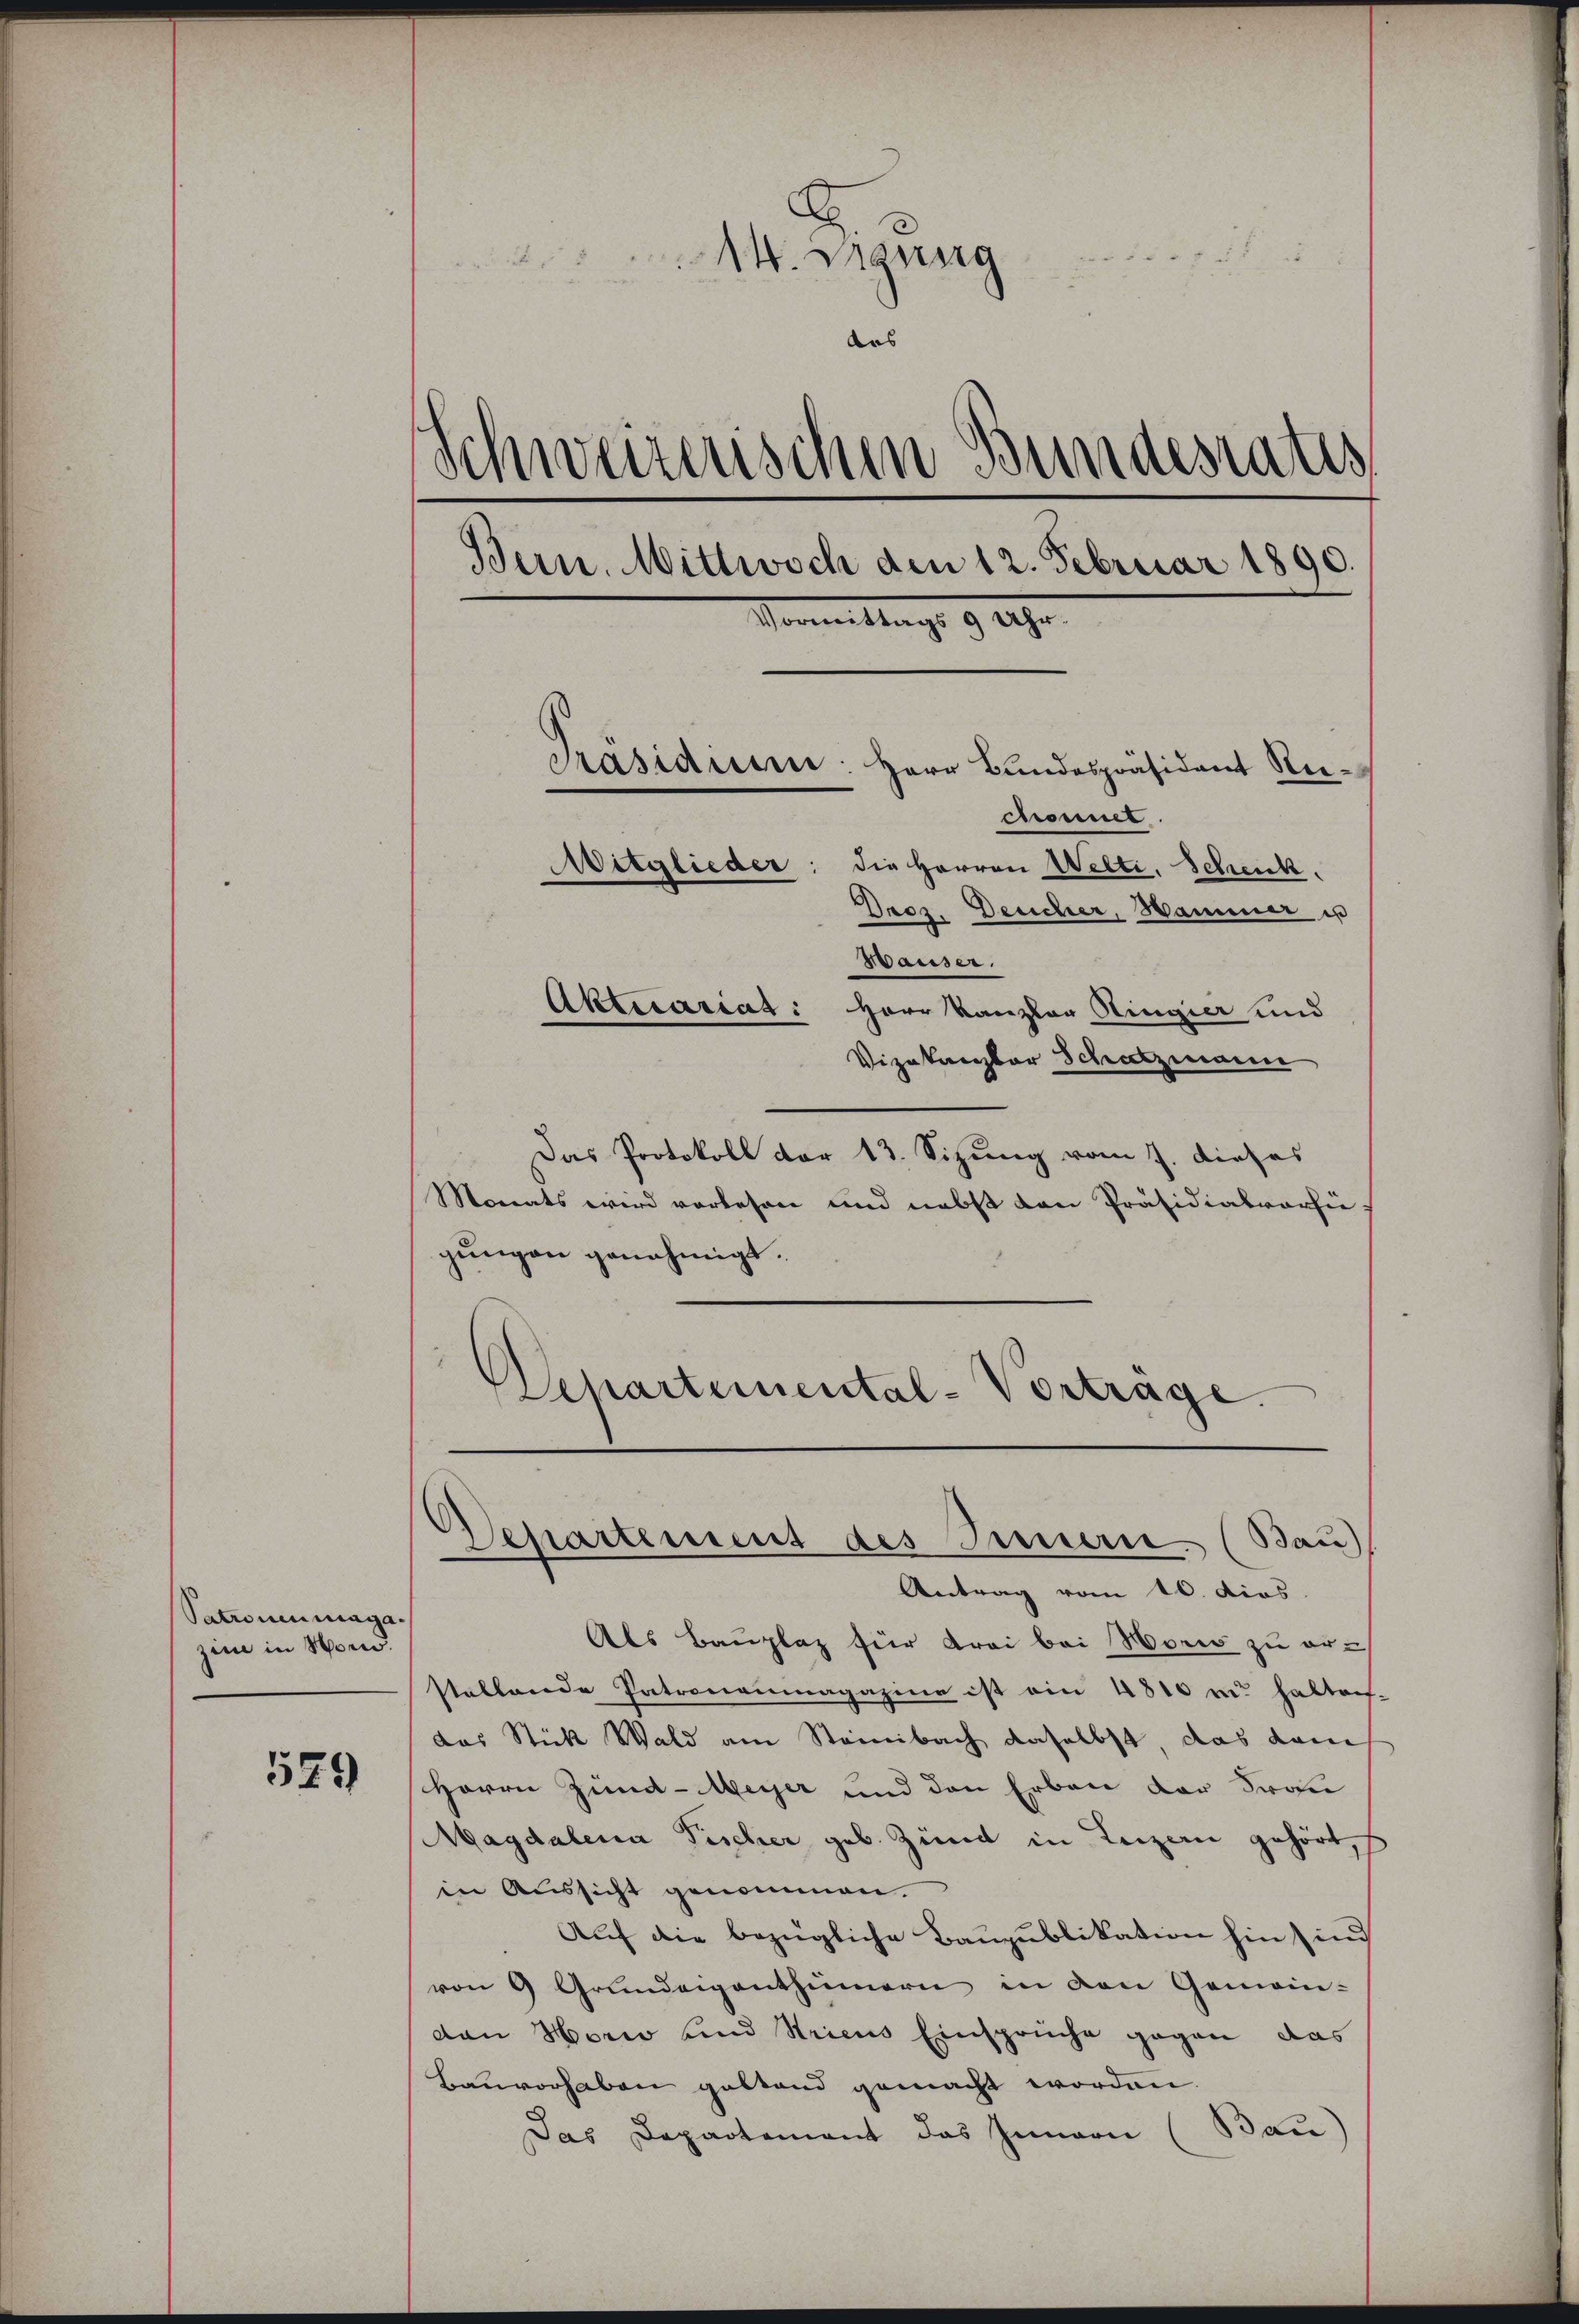
Patronenmaga.
zin in Mon.

529

.

14. Mang
das
Schweizerischen Bundesrates
Bern. Mittwoch den 12. Februar 1890.
Vormittags 9 Uhr
Präsidium: Herr Bundespräsident Reichonnel
Mitglieder: die Herren Welti, Schenk.
Drez. Deucher, Hammer is
Wauser.
Aktecariat: Herr Kanzler Ringier und
Vizekanzler Schatzmann

Das Protokoll der 13. Sizung vom 7. dieses
Monats wird vorlesen und nebst den Präsidialverhie
gungen genehmigt.
Departemental-Vortrage.

Departement des Innern (Bau)
Antrag vom 10. dies

Als Bauplaz für drei bei Horio zu er-
staltende Patronenmagazine ist ein 4810 und halten-
das Stick Wald am Steinbach daselbst, das dann
Herrn Zünd-Meyer und den Erben der Frau
Magdalena Fischer geb. Zund in Luzern gehört,
in Aussicht genommen.
Auf die bezügliche Baupublikation hin sind
von 9 Grŭndeigenthümern in den Gemein-
dan Morio und Stricus Einsprüche gegen das
Bauvorhaben geltend gemacht worden.
Das Departement das Innern (Bau